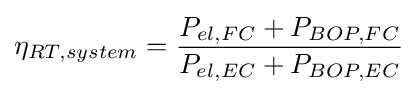
\eta _{RT,system}={\frac {P_{el,FC}+P_{BOP,FC}}{P_{el,EC}+P_{BOP,EC}}}